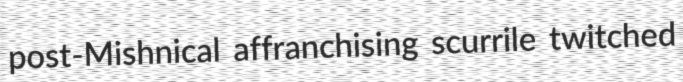
post-Mishnical affranchising scurrile twitched